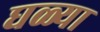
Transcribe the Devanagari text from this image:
घळ्या